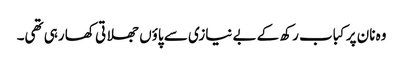
وہ نان پر کباب رکھ کے بے نیازی سے پاؤں جھلاتی کھا رہی تھی۔